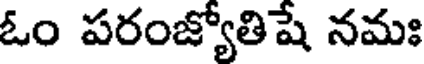
ఓం పరంజ్యోతిషే నమః